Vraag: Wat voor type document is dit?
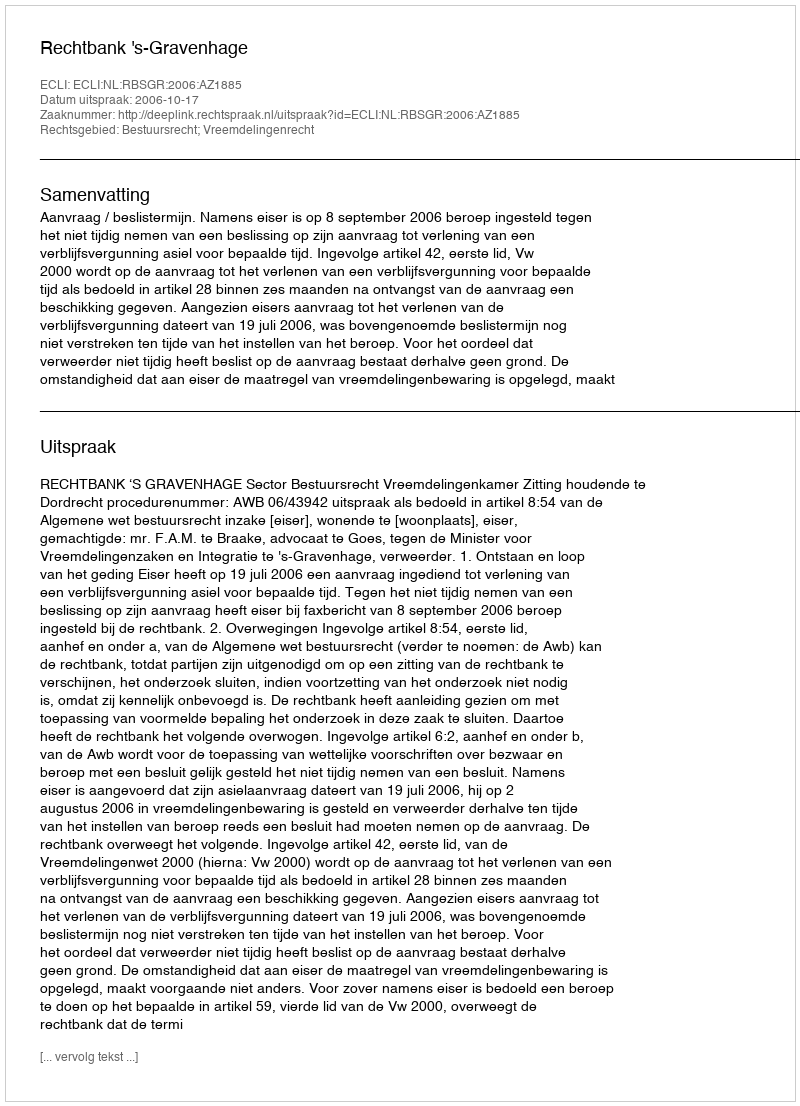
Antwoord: Uitspraak